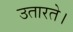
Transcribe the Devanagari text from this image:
उतारते।